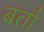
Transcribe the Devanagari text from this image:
बर्ता